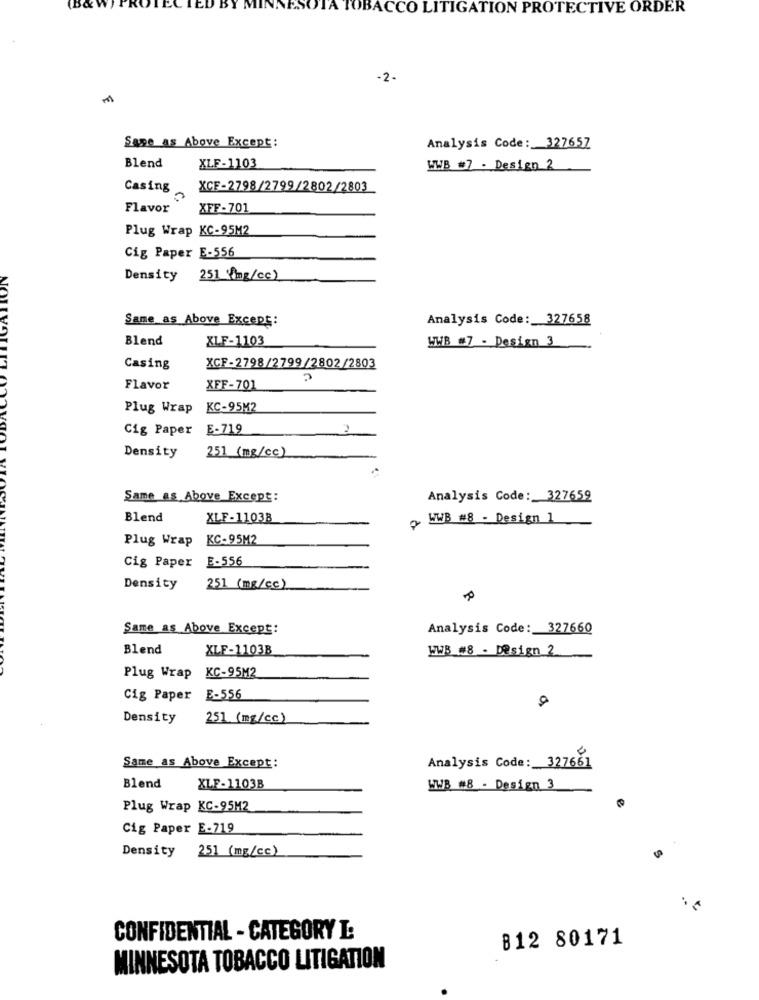
TOBACCO LITIGATION PROTECTIVE ORDER
-2-
Same as Above Except:
Analysis Code: 327657
Blend
XLF-1103
WWB ] - Design 2
Casing
XCF-2798/2799/2802/2803
Flavor
XFF-701
Plug Wrap KC-95M2
Cig Paper E-556
Density 251 (img/cc)
NOL
Same as Above Except:
Analysis Code: 327658
Blend
XLF-1103
WWB #7 - Design 3
Casing
XCF-2798/2799/2802/2803
Flavor
XFF-701
Plug Wrap
KC-95M2
Cig Paper
E-719
251 (mg/cc)
Density
Same as Above Except:
Analysis Code: 327659
Blend
XLF-11038
WWB #8 - Design 1
Plug Wrap
KC-95M2
E-556
Cig Paper
Density
251 (mg/cc)
Same as Above Except:
Analysis Code: 327660
Blend
XLF-1103B
WWB_#8 - Design 2
KC-95M2
Plug Wrap
Cig Paper E-556
Density
251 (mg/cc)
Same as Above Except:
Analysis Code: 327661
Blend
XLF-1103B
WWB #8 - Design 3
Plug Wrap KC-95M2
Cig Paper E-719
Density 251 (mg/cc)
CONFIDENTIAL - CATEGORY L:
B12 80171
MINNESOTA TOBACCO LITIGATION